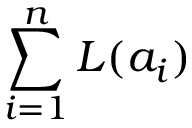
\sum _ { i = 1 } ^ { n } L ( a _ { i } )